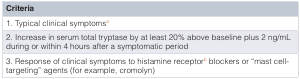
<table><thead><tr><td><b>Criteria</b></td></tr></thead><tbody><tr><td>1. Typical clinical symptoms<sup>a</sup></td></tr><tr><td>2. Increase in serum total tryptase by at least 20% above baseline plus 2 ng/mLduring or within 4 hours after a symptomatic period</td></tr><tr><td>3. Response of clinical symptoms to histamine receptor<sup>b</sup> blockers or “mast cell-targeting” agents (for example, cromolyn)</td></tr></tbody></table>